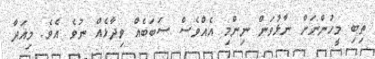
ތިބި މީހުންނަށް ނާޅުވަން ނިންމި އެއްވެސް ސަބަބެއް ވިދާޅެއް ނުވެ އެވެ. މިއަދާ